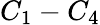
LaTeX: C_{1}-C_{4}